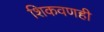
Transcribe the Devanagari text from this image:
शिकवणही